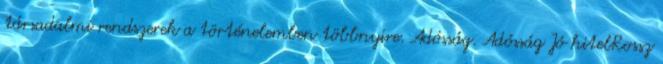
társadalmi rendszerek a történelemben többnyire. Adósság. Adósság Jó hitelRossz